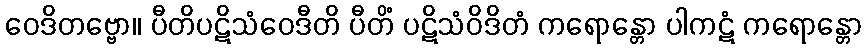
ဝေဒိတဗ္ဗော။ ပီတိပဋိသံဝေဒီတိ ပီတိံ ပဋိသံဝိဒိတံ ကရောန္တော ပါကဋံ ကရောန္တော